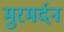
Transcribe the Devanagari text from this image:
मुरमर्दन